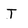
Character: T